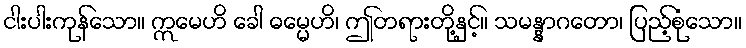
ငါးပါးကုန်သော။ ဣမေဟိ ခေါ ဓမ္မေဟိ၊ ဤတရားတို့နှင့်။ သမန္နာဂတော၊ ပြည့်စုံသော။